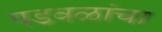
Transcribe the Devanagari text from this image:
पडवळांचा